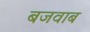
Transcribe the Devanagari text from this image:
बजवाब